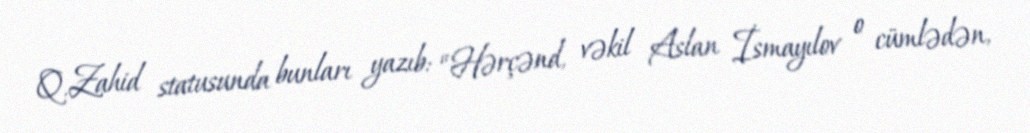
Q.Zahid statusunda bunları yazıb: “Hərçənd, vəkil Aslan İsmayılov o cümlədən,